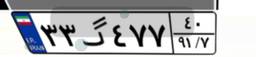
۳۳گ۴۷۷۴۰